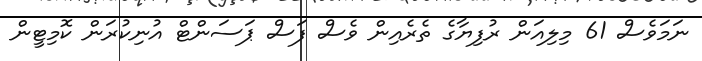
ނަމަވެސް 61 މިލިއަން ރުފިޔާގެ ތެރެއިން ވެސް ފަސް ޕަސަންޓް އުނިކުރަން ކޮމިޓީން